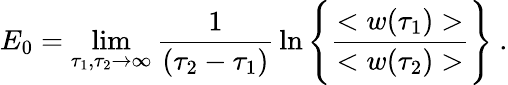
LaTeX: E_{0}=\operatorname*{lim}_{\tau_{1},\tau_{2}\to\infty}{\frac{1}{(\tau_{2}-\tau_{1})}}\ln\Bigg\{ {\frac{<w(\tau_{1})>}{<w(\tau_{2})>}}\Bigg\} \ .